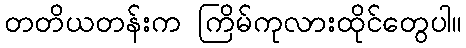
တတိယတန်းက ကြိမ်ကုလားထိုင်တွေပါ။